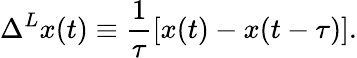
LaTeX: \Delta^{L}x(t)\equiv\frac{1}{\tau}[x(t)-x(t-\tau)].